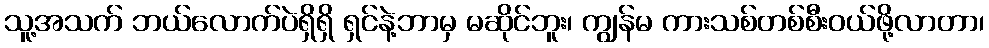
သူ့အသက် ဘယ်လောက်ပဲရှိရှိ ရှင်နဲ့ဘာမှ မဆိုင်ဘူး၊ ကျွန်မ ကားသစ်တစ်စီးဝယ်ဖို့လာတာ၊